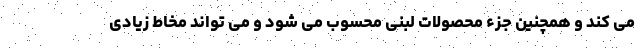
می کند و همچنین جزء محصولات لبنی محسوب می شود و می تواند مخاط زیادی